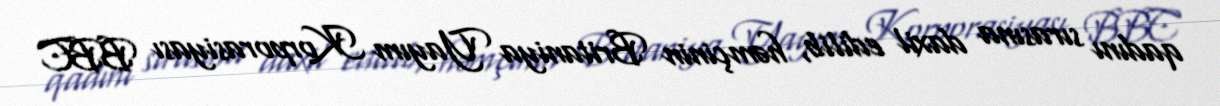
qadını sırasına daxil edilib, həmçinin Britaniya Yayım Korporasiyası BBC